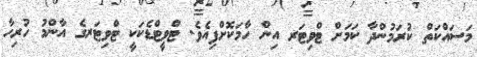
މަސައްކަތް ކުރަމުންދާ ކަމަށް ޓްވިޓަރ އިން ހާމަކޮށްފިއެވެ. ޓްވީޓްޑެކަކީ ޓްވިޓަރގެ އާންމު ހުރިހާ